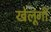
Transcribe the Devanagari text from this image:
खेलूंगी